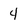
Character: 4